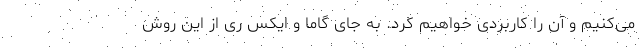
می‌کنیم و آن را کاربردی خواهیم کرد. به جای گاما و ایکس ری از این روش